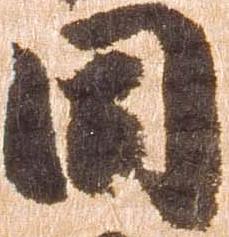
同